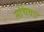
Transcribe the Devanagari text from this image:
सचिवाः